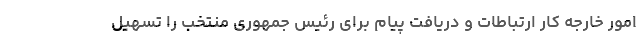
امور خارجه کار ارتباطات و دریافت پیام برای رئیس جمهوری منتخب را تسهیل